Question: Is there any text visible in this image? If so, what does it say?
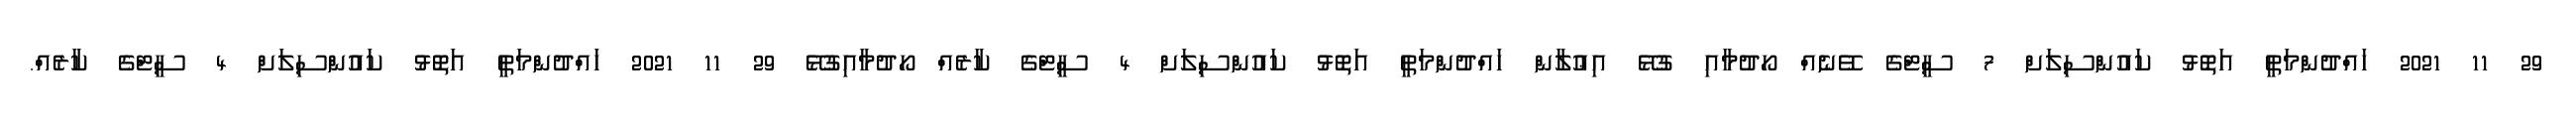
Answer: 29 11 2021 ހައްދުންމަތީ އަތޮޅު ކައުންސިލަށް 7 ސީޓްގެ ވޭނެއް ހޯދުމާއި ގުޅޭ އިޢުލާން ހައްދުންމަތީ އަތޮޅު ކައުންސިލަށް 4 ސީޓްގެ ކާރެއް ހޯދުމާއިގުޅޭ 29 11 2021 ހައްދުންމަތީ އަތޮޅު ކައުންސިލަށް 4 ސީޓްގެ ކާރެއް.